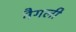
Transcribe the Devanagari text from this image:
नैगली